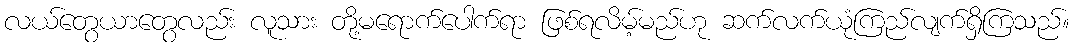
လယ်တွေယာတွေလည်း လူသား တို့မရောက်ပေါက်ရာ ဖြစ်ရလိမ့်မည်ဟု ဆက်လက်ယုံကြည်လျက်ရှိကြသည်။